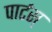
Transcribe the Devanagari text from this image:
पार्टस्